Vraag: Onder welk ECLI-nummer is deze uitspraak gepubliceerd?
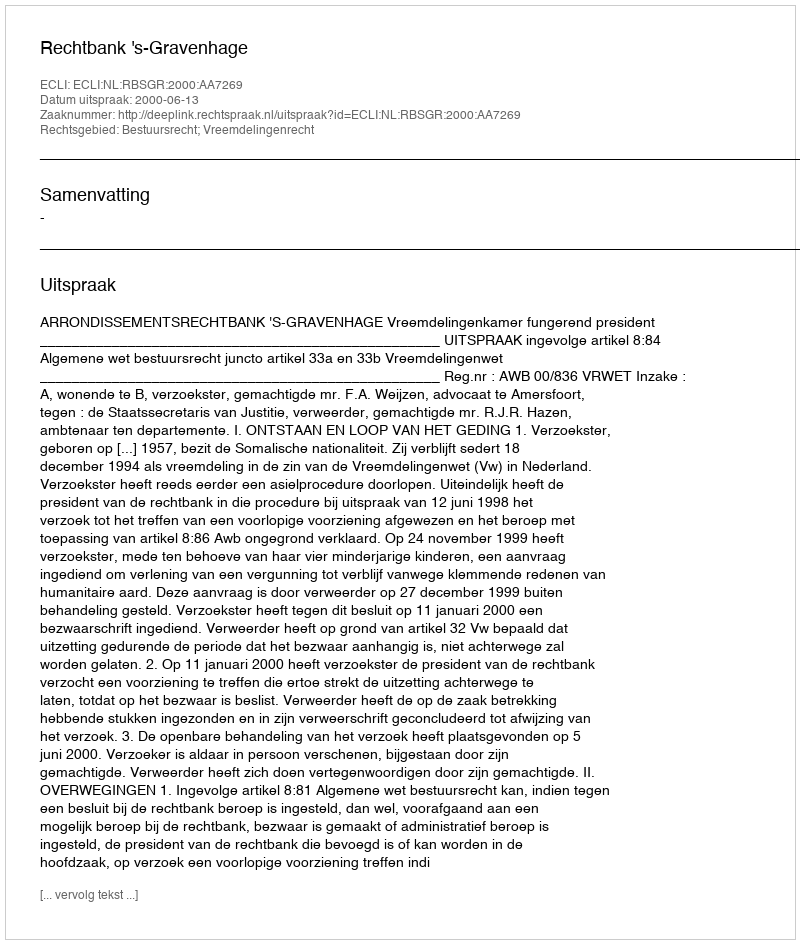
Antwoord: ECLI:NL:RBSGR:2000:AA7269